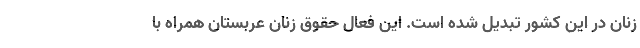
زنان در این کشور تبدیل شده است. این فعال حقوق زنان عربستان همراه با